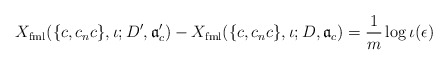
\begin{align*} X_{\mathrm{fml}}(\{c,c_nc\},\iota;D',\mathfrak a_c')-X_{\mathrm{fml}}(\{c,c_nc\},\iota;D,\mathfrak a_c)= \frac{1}{m}\log \iota(\epsilon)\end{align*}